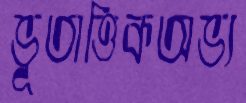
ভূতাত্তিকঅভ্য